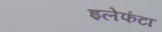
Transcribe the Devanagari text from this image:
इलेफंटा